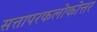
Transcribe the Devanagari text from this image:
सत्तापरकलोकोत्तर